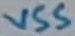
Text: VSS